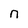
Character: n